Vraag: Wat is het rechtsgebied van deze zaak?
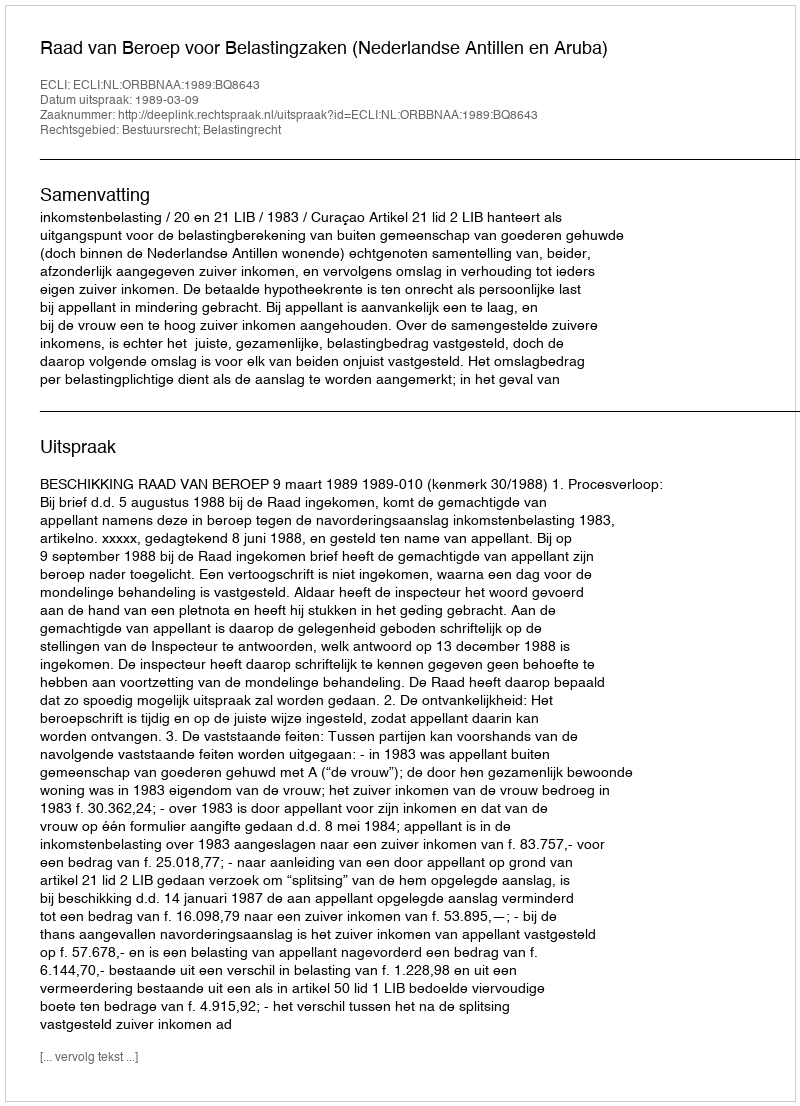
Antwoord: Bestuursrecht; Belastingrecht